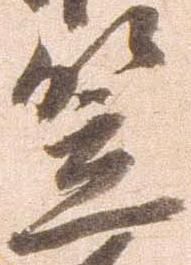
笠